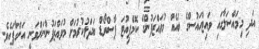
އަދި މިމައްސަލާގައި ވައިޓްހައުސްގެ ބައެއް މުވައްޒަފުންގެ ކޮމްޕިއުޓަ ޕާސްވޯޑް ބަދަލުކުރުމަށް މުވައްޒަފުންނަށްވަނީ އަންގާފައެވެ.